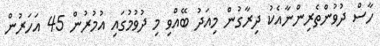
ހާސް ދުވުންތެރިންނާއެކު ދިރާގުން މިއަދު ބޭއްވި މި ދުވުމުގައި އުމުރުން 45 އަހަރުން